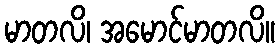
မာတလိ၊ အမောင်မာတလိ။